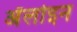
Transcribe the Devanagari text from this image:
अँलोइन